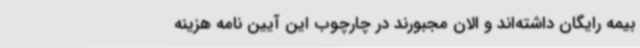
بیمه رایگان داشته‌اند و الان مجبورند در چارچوب این آیین نامه هزینه